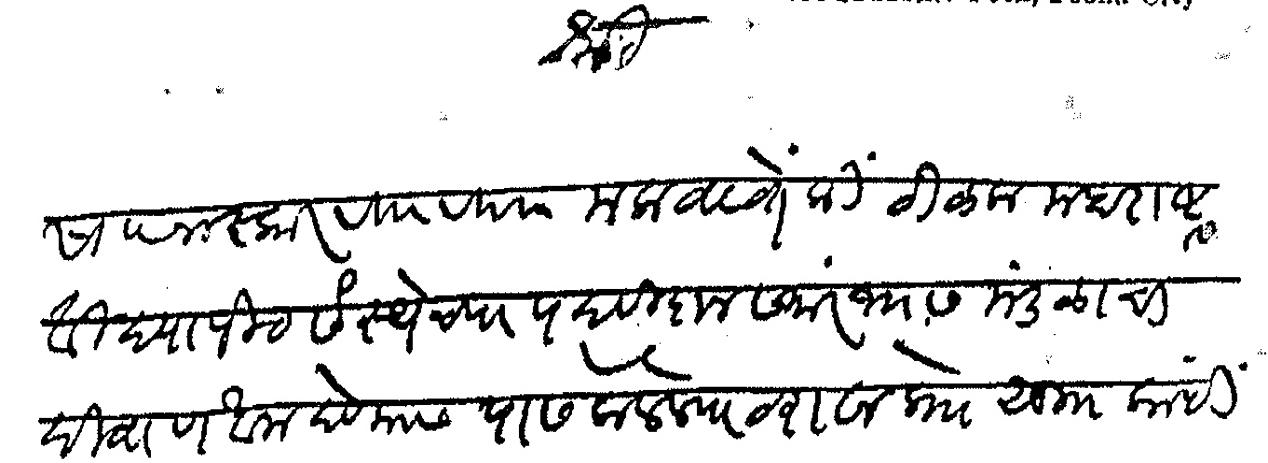
Transliteration (Devanagari): श्री सा नमस्कार वि वि मला वाटते कि टिळक महाराष्ट्र विद्यापीठ संस्थेच्या पदवीदान समारंभास मंडळाचा दिवाणखाना देण्यास पास केलेल्या ठरावा प्राो सु काही